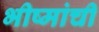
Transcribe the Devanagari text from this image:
भीष्मांची